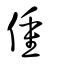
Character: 偅